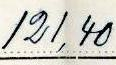
121,40